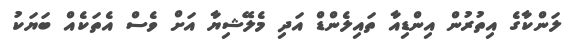
ލަންކާގެ އިތުރުން އިންޑިއާ ތައިލެންޑް އަދި މެލޭޝިޔާ އަށް ވެސް އެތަކެއް ބަޔަކު